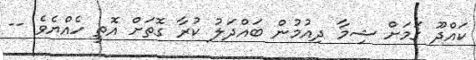
ކައްދޫ ގަމަށް ޝިމާ ދިއުމުން ބައްދަލު ކުރާ ގޮތަށް އޮތީ ހެއްޔެވެ --